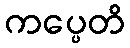
ကပ္ပေတိ